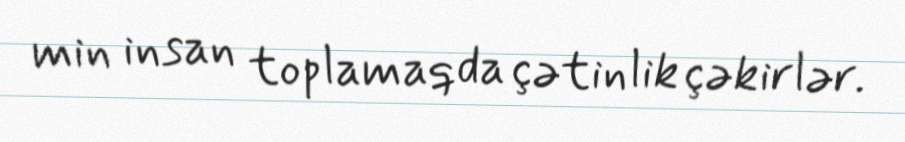
min insan toplamaqda çətinlik çəkirlər.